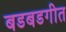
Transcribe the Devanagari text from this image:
बडबडगीत